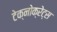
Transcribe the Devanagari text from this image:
टेक्नोक्रेट्स